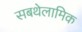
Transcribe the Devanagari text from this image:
सबथेलामिक